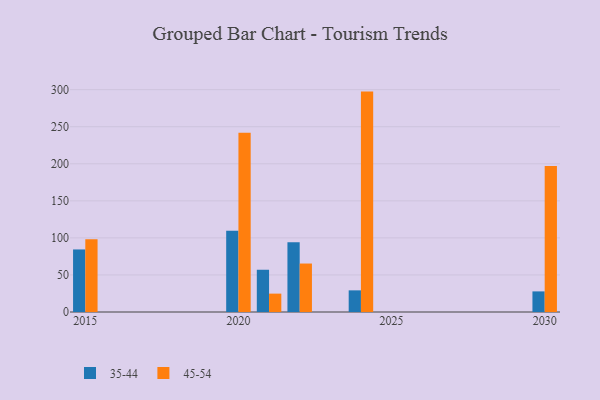
{"axis": {"x": "Year", "y": "Page Views"}, "legend": ["35-44", "45-54"], "data": [{"x": "2030", "y": 27.8, "type": "35-44"}, {"x": "2030", "y": 197.0, "type": "45-54"}, {"x": "2020", "y": 109.5, "type": "35-44"}, {"x": "2020", "y": 241.8, "type": "45-54"}, {"x": "2024", "y": 29.2, "type": "35-44"}, {"x": "2024", "y": 297.4, "type": "45-54"}, {"x": "2015", "y": 84.4, "type": "35-44"}, {"x": "2015", "y": 98.1, "type": "45-54"}, {"x": "2021", "y": 57.0, "type": "35-44"}, {"x": "2021", "y": 24.8, "type": "45-54"}, {"x": "2022", "y": 94.0, "type": "35-44"}, {"x": "2022", "y": 65.4, "type": "45-54"}]}